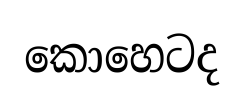
කොහෙටද